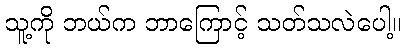
သူ့ကို ဘယ်က ဘာကြောင့် သတ်သလဲပေါ့။